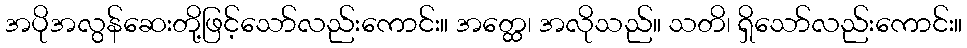
အပိုအလွန်ဆေးတို့ဖြင့်သော်လည်းကောင်း။ အတ္ထေ၊ အလိုသည်။ သတိ၊ ရှိသော်လည်းကောင်း။